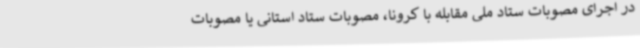
در اجرای مصوبات ستاد ملی مقابله با کرونا، مصوبات ستاد استانی یا مصوبات